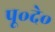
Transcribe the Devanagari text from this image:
पू॰दे॰